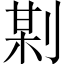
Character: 𠝺